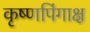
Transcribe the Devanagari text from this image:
कृष्णपिंगाक्ष